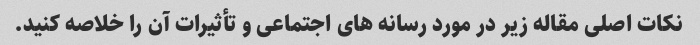
نکات اصلی مقاله زیر در مورد رسانه های اجتماعی و تأثیرات آن را خلاصه کنید.